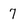
Character: 7